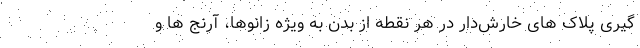
گیری پلاک های خارش‌دار در هر نقطه از بدن به ویژه زانوها، آرنج ها و